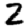
Digit: 2